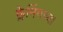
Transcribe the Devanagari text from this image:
फ्लेमिंगच्या